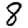
Digit: 8